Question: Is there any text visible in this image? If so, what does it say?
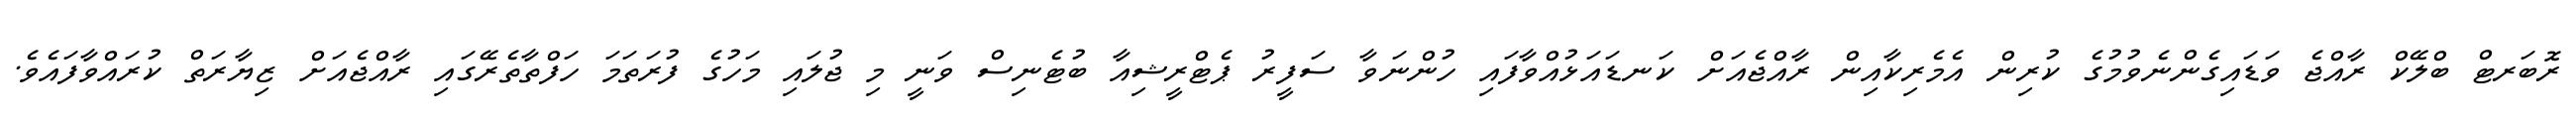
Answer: ރޮބަރޓް ބްލޭކް ރާއްޖެ ވަޑައިގެންނެވުމުގެ ކުރިން އެމެރިކާއިން ރާއްޖެއަށް ކަނޑައަޅުއްވާފައި ހުންނަވާ ސަފީރު ޕެޓްރީޝިއާ ބުޓެނިސް ވަނީ މި ޖުލައި މަހުގެ ފުރަތަމަ ހަފްތާތެރޭގައި ރާއްޖެއަށް ޒިޔާރަތް ކުރައްވާފައެވެ.